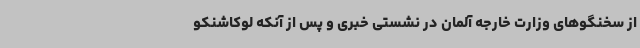
از سخنگوهای وزارت خارجه آلمان در نشستی خبری و پس از آنکه لوکاشنکو